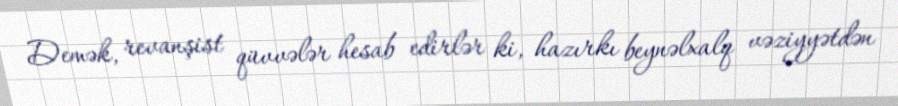
Demək, revanşist qüvvələr hesab edirlər ki, hazırkı beynəlxalq vəziyyətdən